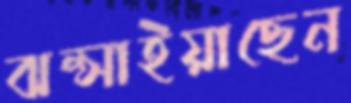
ঝল্‌সাইয়াছেন